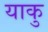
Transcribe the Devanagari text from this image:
याकु